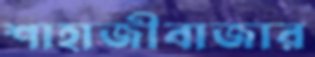
শাহাজীবাজার